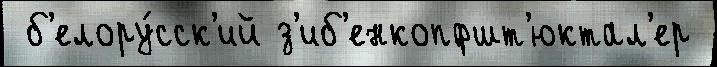
 б'елору́сск'ий з'иб'енкопфшт'юктал'ер